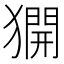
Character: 𤡲